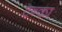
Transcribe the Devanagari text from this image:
टन्का